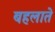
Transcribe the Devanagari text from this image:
बहलाते